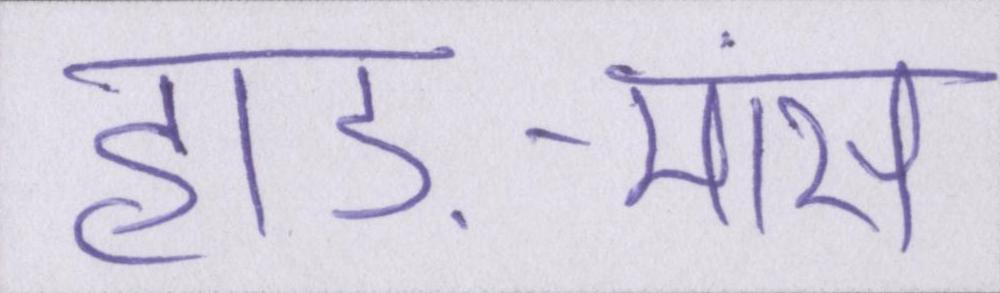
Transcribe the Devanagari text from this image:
हाड़-मांस